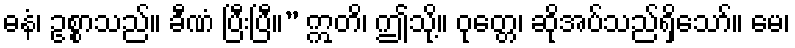
ဓနံ၊ ဥစ္စာသည်။ ခီဏံ ပြီးပြီ။” ဣတိ၊ ဤသို့။ ဝုတ္တေ၊ ဆိုအပ်သည်ရှိသော်။ မေ၊